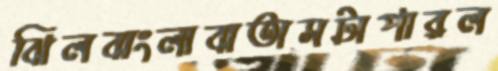
ঝিলবাংলাবাতাসটাপারল